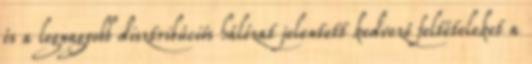
és a legnagyobb disztribúciós hálózat jelentett kedvező feltételeket a